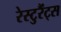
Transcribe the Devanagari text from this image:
रेस्टुरैंट्स